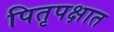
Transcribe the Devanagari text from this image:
पितृपक्षात